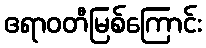
ဧရာဝတီမြစ်ကြောင်း